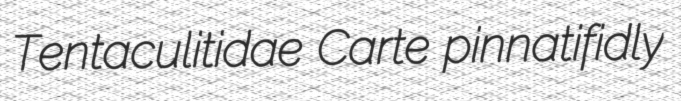
Tentaculitidae Carte pinnatifidly